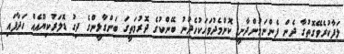
ލަފާކުރެވޭގޮތުގާ ދެން ފެންނަމުންދާނީ ކޮންމެދުވަހަކުހެދުނު ބޭންކުގެ ދޮރުމަތީގަ ބަންގާޅީންގެ ދިގު ޑޮލަރުކިޔޫއެއް ހަދާފައި